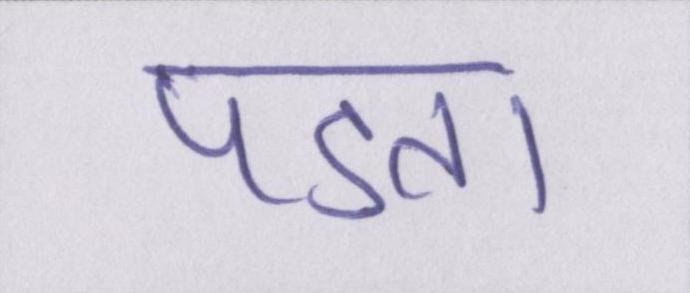
पडता